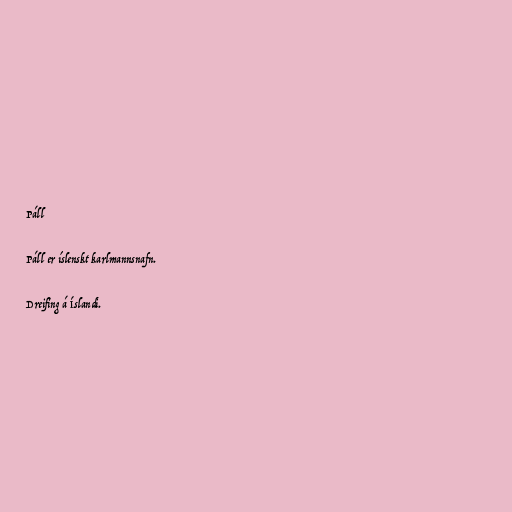
Páll

Páll er íslenskt karlmannsnafn.

Dreifing á Íslandi.